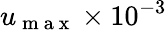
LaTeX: u_{\mathrm{~m~a~x~}}\times 10^{-3}